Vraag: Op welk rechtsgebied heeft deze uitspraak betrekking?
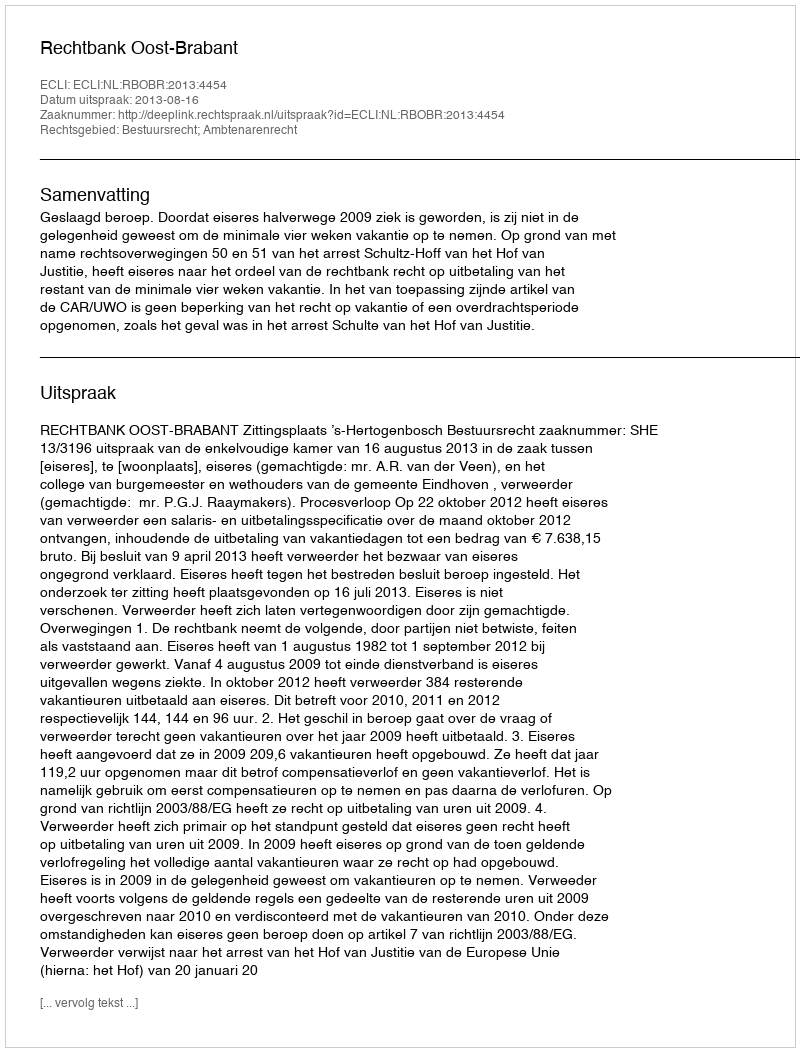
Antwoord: Bestuursrecht; Ambtenarenrecht